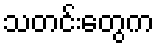
သတင်းတွေက